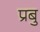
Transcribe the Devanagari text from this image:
प्रबु